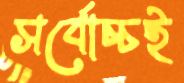
সর্বোচ্চই